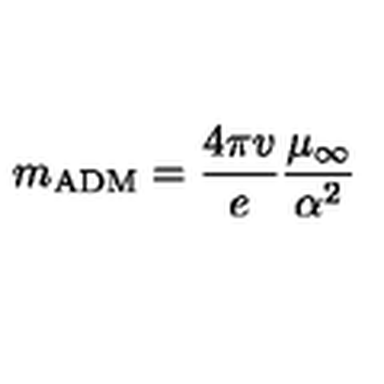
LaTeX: m _ { \mathrm { A D M } } = \frac { 4 \pi v } { e } \frac { \mu _ { \infty } } { \alpha ^ { 2 } }